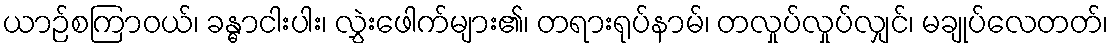
ယာဉ်စကြာဝယ်၊ ခန္ဓာငါးပါး၊ လွှဲးဖေါက်များ၏၊ တရားရုပ်နာမ်၊ တလှုပ်လှုပ်လျှင်၊ မချုပ်လေတတ်၊